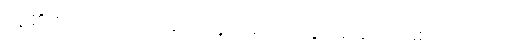
သူ၏ စကားကို ယာစုကို နားမလည်နိုင်အောင် ဖြစ်နေသည်။